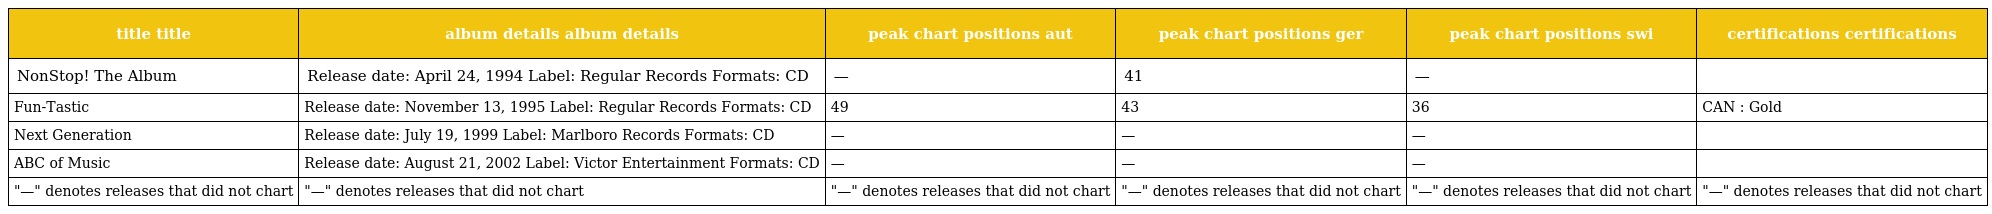
| title title | album details album details | peak chart positions aut | peak chart positions ger | peak chart positions swi | certifications certifications |
 | --- | --- | --- | --- | --- | --- |
 | NonStop! The Album | Release date: April 24, 1994 Label: Regular Records Formats: CD | — | 41 | — |  |
 | Fun-Tastic | Release date: November 13, 1995 Label: Regular Records Formats: CD | 49 | 43 | 36 | CAN : Gold |
 | Next Generation | Release date: July 19, 1999 Label: Marlboro Records Formats: CD | — | — | — |  |
 | ABC of Music | Release date: August 21, 2002 Label: Victor Entertainment Formats: CD | — | — | — |  |
 | "—" denotes releases that did not chart | "—" denotes releases that did not chart | "—" denotes releases that did not chart | "—" denotes releases that did not chart | "—" denotes releases that did not chart | "—" denotes releases that did not chart |